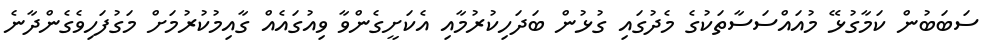
ސަބަބުން ކަމާގުޅޭ މުއައްސަސާތަކުގެ މެދުގައި ގުޅުން ބަދަހިކުރުމާއި އެކަށީގެންވާ ވިއުގައެއް ގާއިމުކުރުމަށް މަގުފަހިވެގެންދާނެ